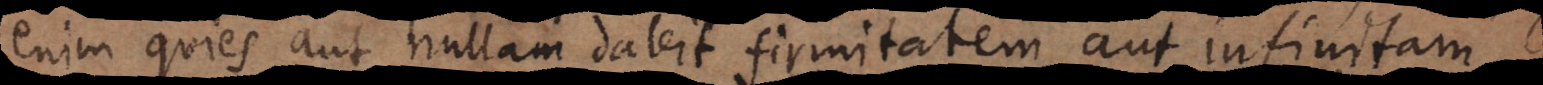
enim quies aut nullam dabit firmitatem, aut infinitam,